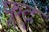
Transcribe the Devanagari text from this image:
फूट्